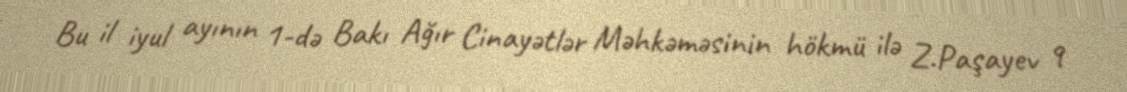
Bu il iyul ayının 1-də Bakı Ağır Cinayətlər Məhkəməsinin hökmü ilə Z.Paşayev 9